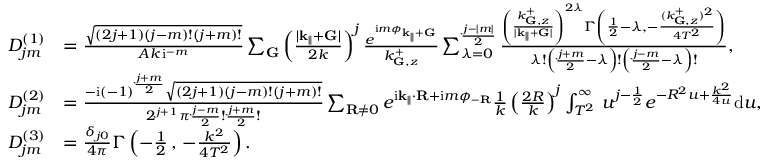
\begin{array} { r l } { D _ { j m } ^ { ( 1 ) } } & { = \frac { \sqrt { ( 2 j + 1 ) ( j - m ) ! ( j + m ) ! } } { A k \, \mathrm { i } ^ { - m } } \sum _ { \mathbf { G } } \left( \frac { | \mathbf { k } _ { \parallel } + \mathbf { G } | } { 2 k } \right) ^ { j } \frac { e ^ { \mathrm { i } m \phi _ { \mathbf { k } _ { \parallel } + \mathbf { G } } } } { k _ { \mathbf { G } , z } ^ { + } } \sum _ { \lambda = 0 } ^ { \frac { j - | m | } { 2 } } \frac { \left( \frac { k _ { \mathbf { G } , z } ^ { + } } { | \mathbf { k } _ { \parallel } + \mathbf { G } | } \right) ^ { 2 \lambda } \Gamma \left( \frac { 1 } { 2 } - \lambda , - \frac { ( k _ { \mathbf { G } , z } ^ { + } ) ^ { 2 } } { 4 T ^ { 2 } } \right) } { \lambda ! \left( \frac { j + m } { 2 } - \lambda \right) ! \left( \frac { j - m } { 2 } - \lambda \right) ! } , } \\ { D _ { j m } ^ { ( 2 ) } } & { = \frac { - \mathrm { i } ( - 1 ) ^ { \frac { j + m } { 2 } } \sqrt { ( 2 j + 1 ) ( j - m ) ! ( j + m ) ! } } { 2 ^ { j + 1 } \pi \frac { j - m } { 2 } ! \frac { j + m } { 2 } ! } \sum _ { \mathbf { R } \neq 0 } e ^ { \mathrm { i } \mathbf { k } _ { \parallel } \cdot \mathbf { R } + \mathrm { i } m \phi _ { - \mathbf { R } } } \frac { 1 } { k } \left( \frac { 2 R } { k } \right) ^ { j } \int _ { T ^ { 2 } } ^ { \infty } \, u ^ { j - \frac { 1 } { 2 } } e ^ { - R ^ { 2 } u + \frac { k ^ { 2 } } { 4 u } } \mathrm { d } u , } \\ { D _ { j m } ^ { ( 3 ) } } & { = \frac { \delta _ { j 0 } } { 4 \pi } \Gamma \left( - \frac { 1 } { 2 } \, , \, - \frac { k ^ { 2 } } { 4 T ^ { 2 } } \right) . } \end{array}